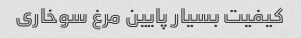
کیفیت بسیار پایین مرغ سوخاری